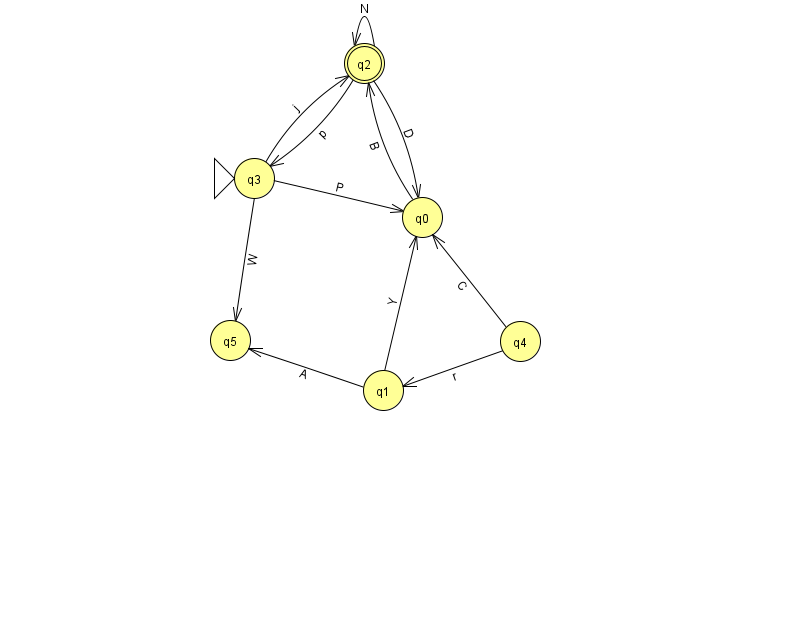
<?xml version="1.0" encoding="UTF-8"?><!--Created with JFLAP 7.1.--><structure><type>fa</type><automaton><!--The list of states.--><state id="0" name="q0"><x>422.0</x><y>204.0</y></state><state id="1" name="q1"><x>383.0</x><y>377.0</y></state><state id="2" name="q2"><x>364.0</x><y>50.0</y><final/></state><state id="3" name="q3"><x>254.0</x><y>165.0</y><initial/></state><state id="4" name="q4"><x>520.0</x><y>328.0</y></state><state id="5" name="q5"><x>230.0</x><y>327.0</y></state><!--The list of transitions.--><transition><from>2</from><to>0</to><read>D</read></transition><transition><from>1</from><to>5</to><read>A</read></transition><transition><from>3</from><to>2</to><read>j</read></transition><transition><from>0</from><to>2</to><read>B</read></transition><transition><from>3</from><to>0</to><read>P</read></transition><transition><from>4</from><to>0</to><read>C</read></transition><transition><from>4</from><to>1</to><read>r</read></transition><transition><from>1</from><to>0</to><read>Y</read></transition><transition><from>2</from><to>2</to><read>N</read></transition><transition><from>2</from><to>3</to><read>p</read></transition><transition><from>3</from><to>5</to><read>W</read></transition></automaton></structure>